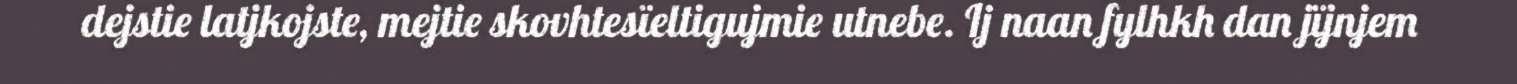
dejstie latjkojste, mejtie skovhtesïeltigujmie utnebe. Ij naan fylhkh dan jïjnjem